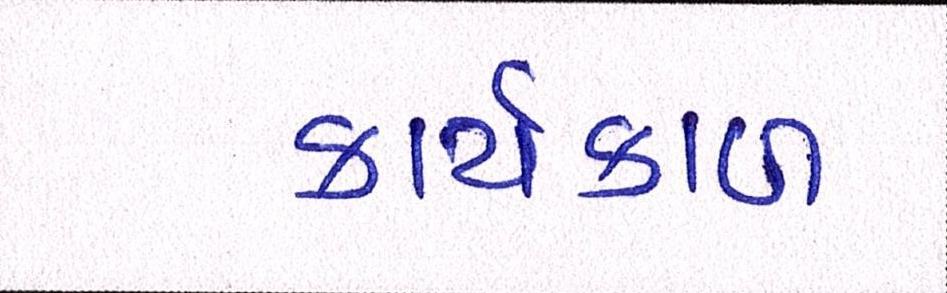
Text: કાર્યકાળ